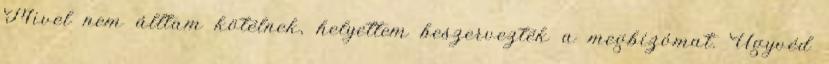
Mivel nem áll­tam kötélnek, helyettem beszervezték a megbízómat. Ügyvéd